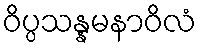
ဝိပ္ပသန္နမနာဝိလံ